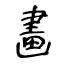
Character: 畵